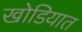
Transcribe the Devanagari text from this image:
खोडियात